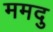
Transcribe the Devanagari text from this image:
ममदु